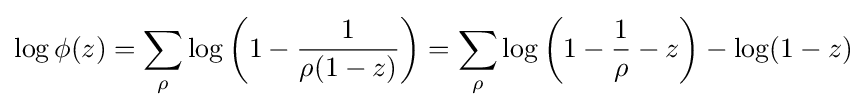
\log \phi (z)=\sum _{\rho }{\log \left(1-{\frac {1}{\rho (1-z)}}\right)}=\sum _{\rho }{\log \left(1-{\frac {1}{\rho }}-z\right)-\log(1-z)}